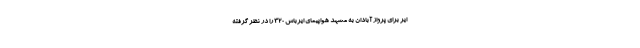
ایر برای پرواز آبادان به مشهد هواپیمای ایرباس 320 را در نظر گرفته